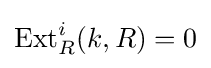
\operatorname {Ext} _{R}^{i}(k,R)=0